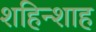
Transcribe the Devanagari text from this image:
शहिन्शाह